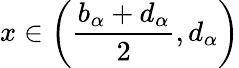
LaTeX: x\in\left(\frac{b_{\alpha}+d_{\alpha}}{2},d_{\alpha}\right)